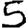
Digit: 5